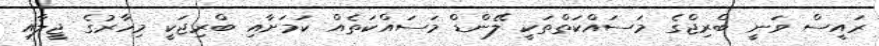
ރައީސް ވަނީ ބްރިޖްގެ މަސައްކަތްތަކީ ލޭންޑް މަސައްކަތެއް ކަމަށާއި ބްރިޖަކީ މިހާރުގެ ޖީލާއި